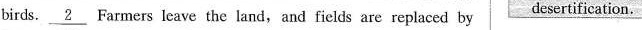
birds.\underline{2} Farmers leave the land, and fields are replaced by desertification.